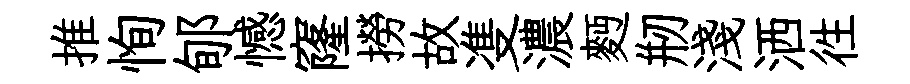
推恂郇憾窿撈故㕠濃麪剏淺洒徃